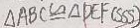
\Delta A B C \cong \Delta D E F ( S S S )